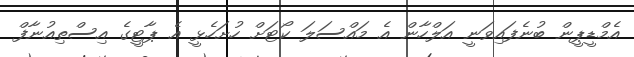
އެމްޑީޕީން ބުނެފައިވަނީ އަލްހާން އެ މައްސަލަ ކޯޓަށް ހުށަހެޅީ އެ ޕާޓީގެ އިސްތިއުނާފް